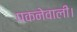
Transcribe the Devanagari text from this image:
पकनेवाली।